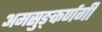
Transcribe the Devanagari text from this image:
अमसुङ्कर्णगी